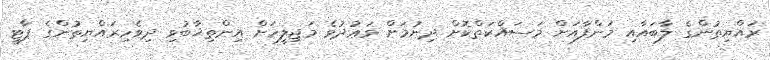
ރައްޔިތުންގެ ލާބައާއި މަންފާއަށް މަސައްކަތްކޮށް ދިނުމަށް ވަޢުދުވެ މަޖިލީހަށް އިންތިޚާބުވި ދިވެހިރައްޔިތުންގެ ޕާޓީ